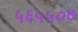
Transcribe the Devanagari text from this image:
५६५५०७